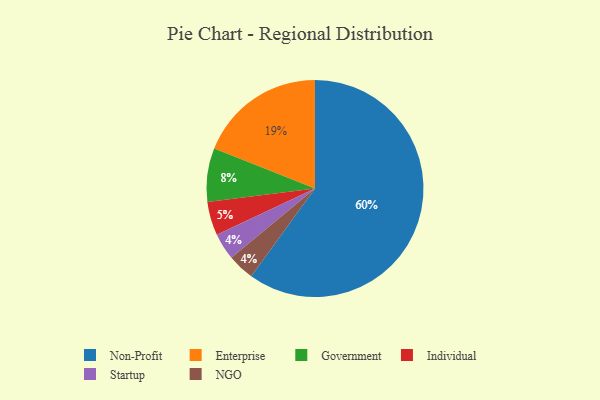
{"axis": {"x": "Category", "y": "Percentage"}, "legend": ["Enterprise", "Government", "Individual", "NGO", "Non-Profit", "Startup"], "data": [{"x": "Enterprise", "y": 19, "type": "Enterprise"}, {"x": "Government", "y": 8, "type": "Government"}, {"x": "Individual", "y": 5, "type": "Individual"}, {"x": "Startup", "y": 4, "type": "Startup"}, {"x": "Non-Profit", "y": 60, "type": "Non-Profit"}, {"x": "NGO", "y": 4, "type": "NGO"}]}